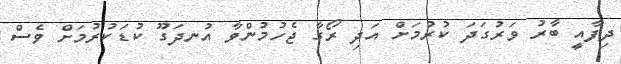
ދިފާއީ ބާރު ވަރުގަދަ ކުރުމަށް އަދި ރޯގާ ޖެހުމުންވާ އުނދަގޫ ކުޑަކުރުމަށް ވެސް